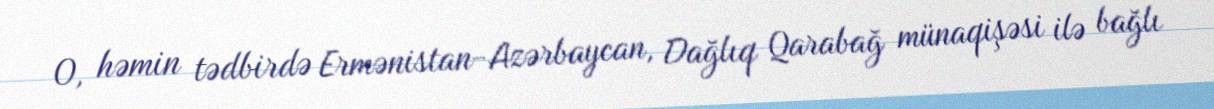
O, həmin tədbirdə Ermənistan-Azərbaycan, Dağlıq Qarabağ münaqişəsi ilə bağlı